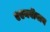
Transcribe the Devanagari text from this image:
एएनवीवाय